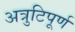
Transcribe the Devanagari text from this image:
अत्रुटिपूर्ण